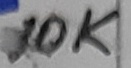
Text: 10K